Scottish Leaving Certificate Examination, 1960
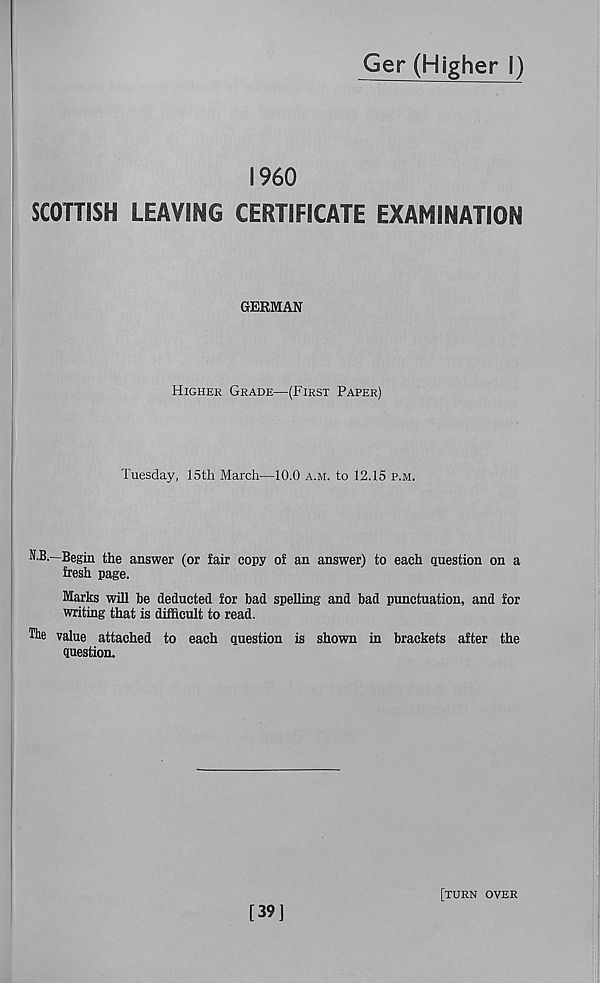
I960
SCOTTISH LEAVING CERTIFICATE EXAMINATION
GERMAN
Higher Grade—(First Paper)
Tuesday, 15th March—10.0 a.m. to 12.15 p.m.
N.B.—Begin the answer (or fair copy of an answer) to each question on a
fresh page.
Marks will be deducted for bad spelling and bad punctuation, and for
writing that is difficult to read.
The value attached to each question is shown in brackets after the
question.
[39]
[turn over